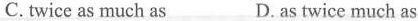
C.twice as much as D. as twice much as